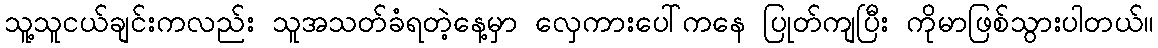
သူ့သူငယ်ချင်းကလည်း သူအသတ်ခံရတဲ့နေ့မှာ လှေကားပေါ်ကနေ ပြုတ်ကျပြီး ကိုမာဖြစ်သွားပါတယ်။